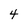
Character: 4